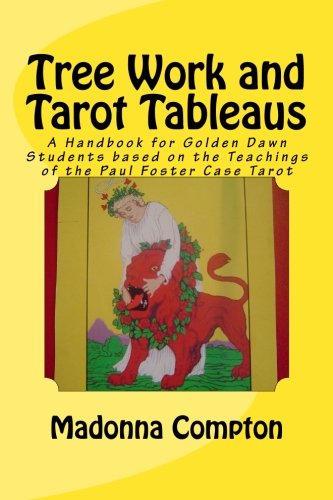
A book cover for Tree Work and Tarot Tableaus: A Handbook for Golden Dawn Students based on the Teachings of the Paul Foster Case Tarot; Madonna Compton; Religion & Spirituality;